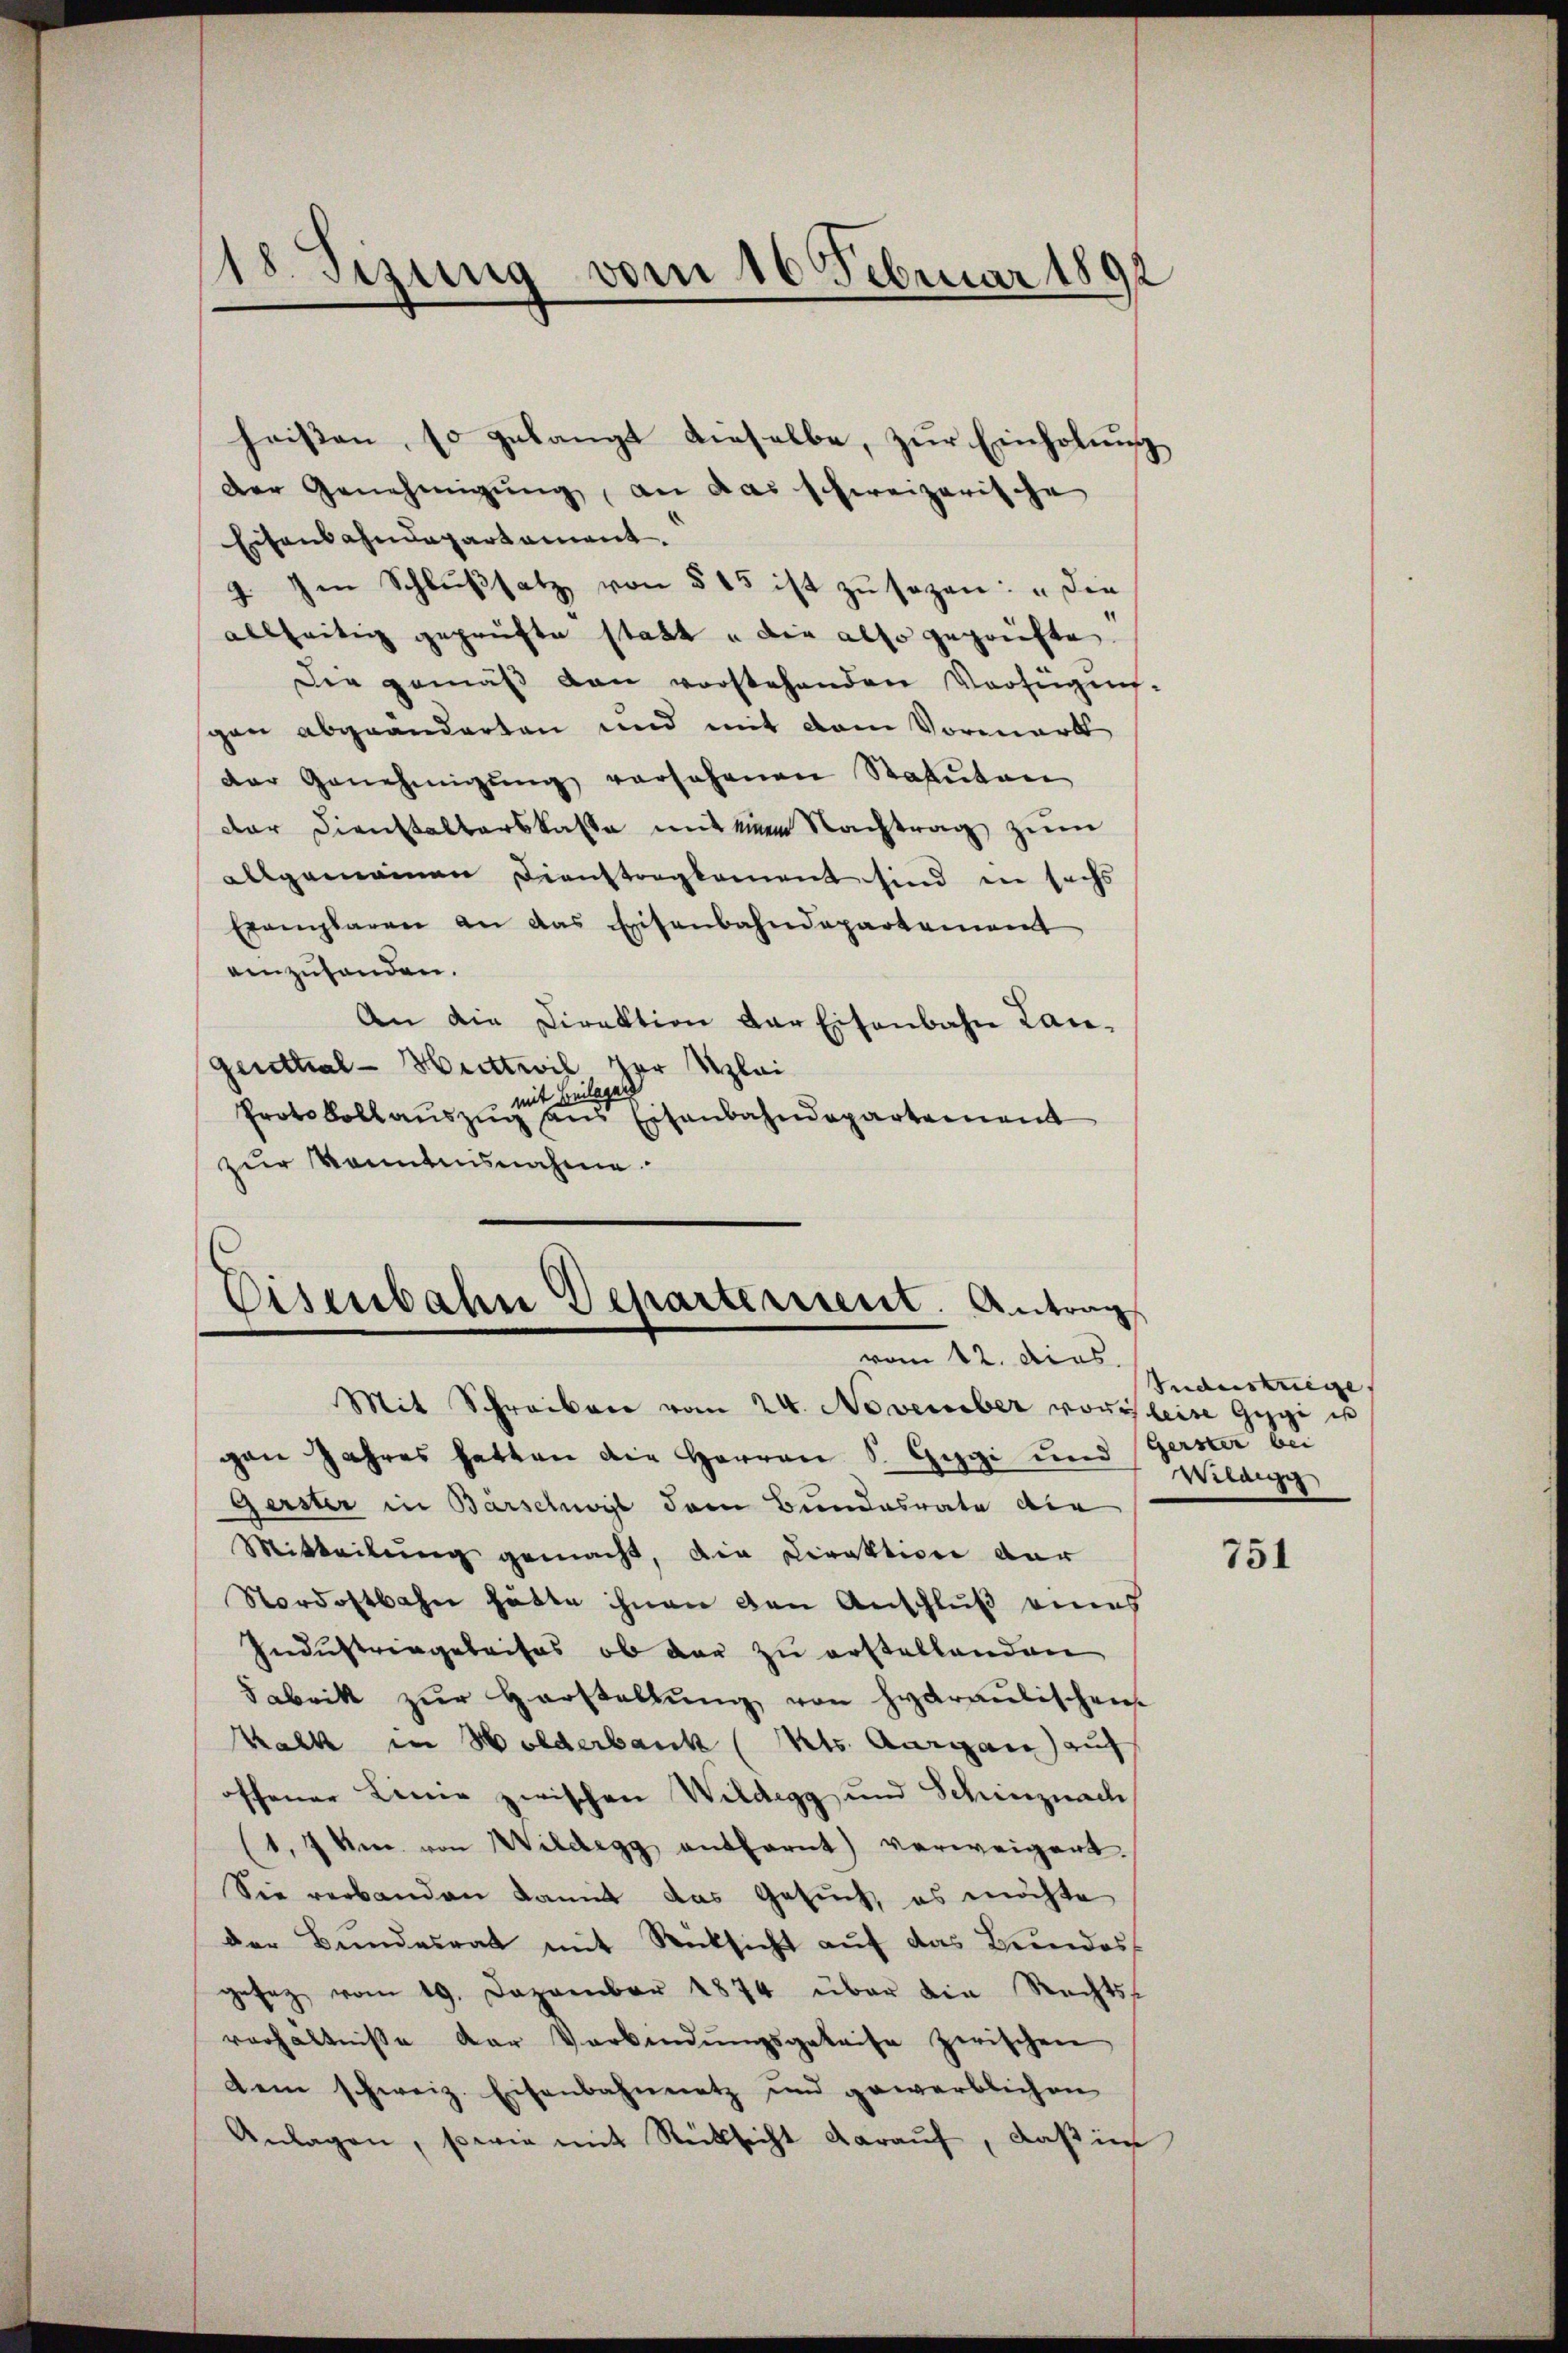
18. Setzung vom 16. Februar 1891

heissen, so gelangt dieselbe, zur Einholung
Der Genehmigung, an das schweizerische
Eisens ahndepartament.
7. Im Schlußsatz von § 15 ist zu sagen: „Die
allseitig geprüfte statt u die also geprüfte
Die gemäβ den vorstehenden Verfügen-
gan abgeänderten und mit dem Vormark
der Genehmigŭng vorsehenen Statuten
der Dienstalterskasse mit eine Nachtrag zum
allgemeinen Dienstrag kament sind in sechs
Exemplaren an das Eisenbahndepartement
einzuhanden.
An die Direktion der Eisenbahn Lan¬
Genthal - Huttwil der Klei
mit Beilagen
Protokollauszug aus Eisenbahndepartement
zur Kenntnisnahme.

Eisenbahn Departerient. Antrag
vom 12. dies

Mit Schreiben vom 24. November vor leise Gespi is
gen Jahres hatten die Herren S. Geggi und (Gerster bei
Gerster in Barschwyl dem Bundesrate die
Mitteilung gemacht, die Direktion der
Nordostbahn hätte ihnen den Anschluß eines
Industringeleises, ob der zu erstellenden
Fabrik zŭr Herstellŭng von Hydraulischen.
Kalk in Holderbank (Kts. Aargau auf
offener Linie zwischen Wildegg und Schinznach
(1,7 um von Wildegg entfernt verweigert.
Sie verbanden damit das Gesuch, es möchte
der Bundesrat mit Rücksicht auf das Bundes
gesez vom 19. Dezember 1874 über die Rechts-
verhältnisse der Verbindŭngsgeleise zwischen
dem schweiz. Eisenbahnnetz und gewerblichen
Anlagen, sowie mit Rücksicht darauf, daß in

Tudenskriege
Wilang

751